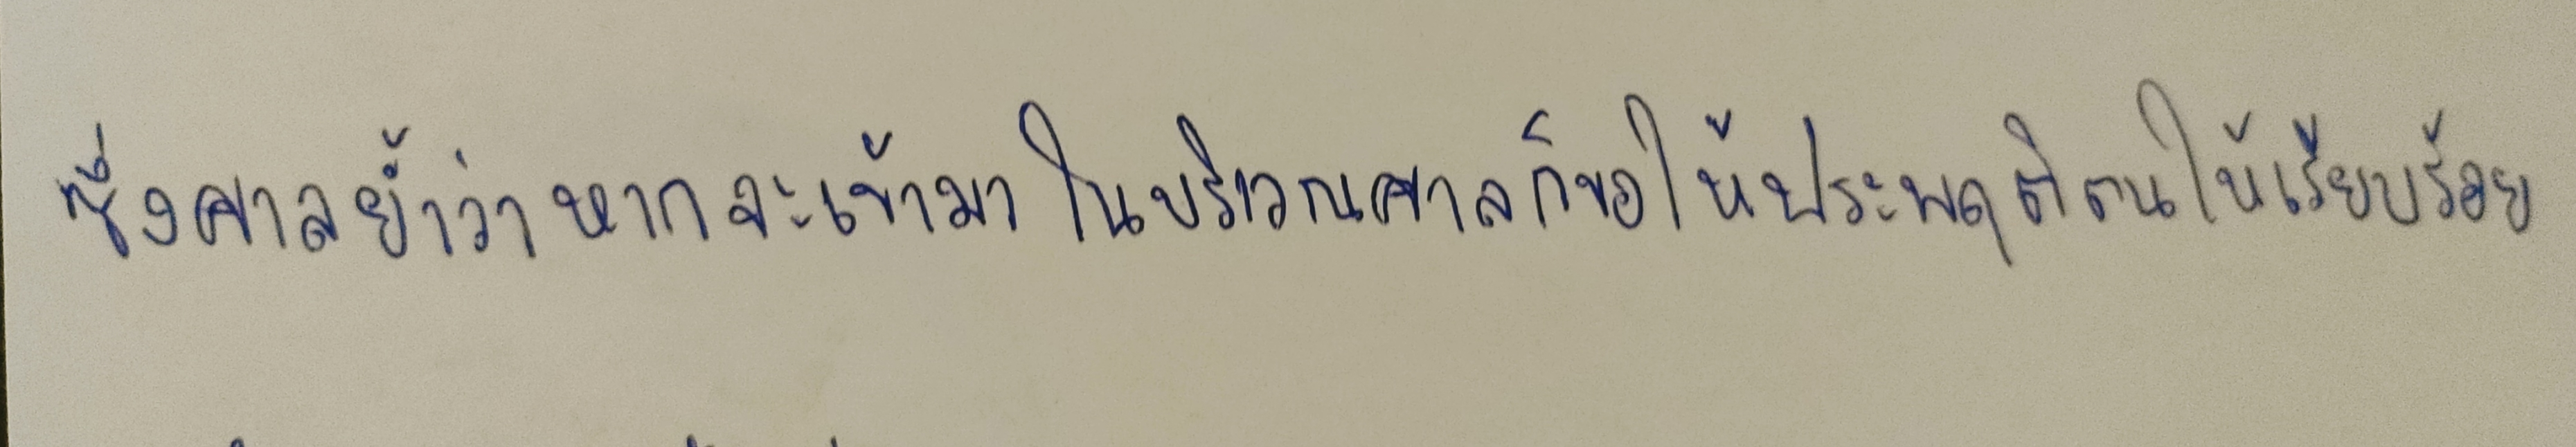
ซึ่งศาลย้ำว่าหากจะเข้ามาในบริเวณศาลก็ขอให้ประพฤติตนให้เรียบร้อย